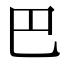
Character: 巴